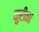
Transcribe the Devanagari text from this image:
कुरीना